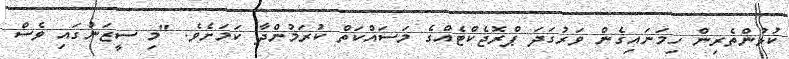
ކުޅުންތެރިން ހިމަނައިގެން ވަރުގަދަ ޕްރޮޖެކްޓެއްގެ މަސައްކަތް ކުރަމުންދާ ކަމަށެވެ. "މި ސީޒަނުގައި ވެސް